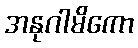
အနုဂါမိကော